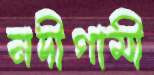
নদীগামী